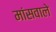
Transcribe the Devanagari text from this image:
मांसवाले